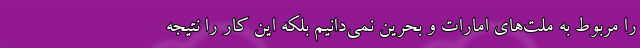
را مربوط به ملت‌های امارات و بحرین نمی‌دانیم بلکه این کار را نتیجه